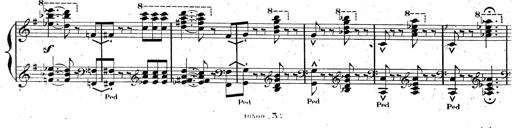
Title: AnnÃ©es de pÃ¨lerinage II, SupplÃ©ment
Composer: Franz Liszt